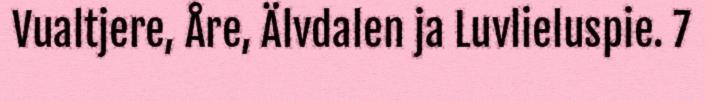
Vualtjere, Åre, Älvdalen ja Luvlieluspie. 7